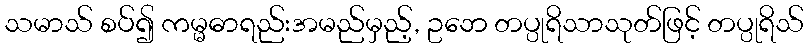
သမာသ် စပ်၍ ကမ္မဓာရည်းအမည်မှည့်, ဥဘေ တပ္ပုရိသာသုတ်ဖြင့် တပ္ပုရိသ်